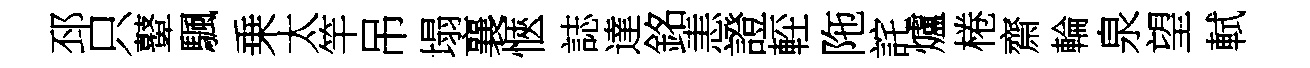
邳只鼙颿乗太竿吊塌襄愜誌達銘恚證䡖陁詫爐棬齋輪泉望軾